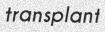
transplant